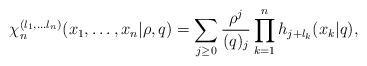
LaTeX: \begin{align*}\chi_{n}^{(l_{1},\ldots l_{n})}(x_{1},\ldots,x_{n}|\rho,q)=\sum_{j\geq0}\frac{\rho^{j}}{(q)_{j}}\prod_{k=1}^{n}h_{j+l_{k}}(x_{k}|q), \end{align*}